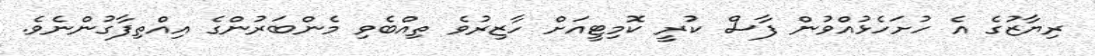
ރިޔާޒުގެ އެ ހުށަހެޅުއްވުން ފާސް ކުރީ ކޮމިޓީއަށް ހާޒިރުވެ ތިއްބެވި މެންބަރުންގެ އިއްތިފާގުންނެވެ.